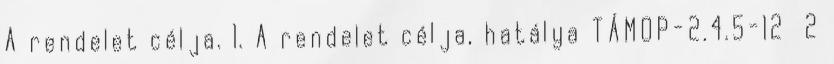
A rendelet célja. 1. A rendelet célja, hatálya TÁMOP-2.4.5-12 2